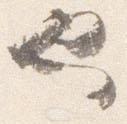
也